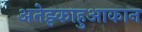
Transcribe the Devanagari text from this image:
अतेझ्काहुआकान